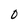
Character: 0